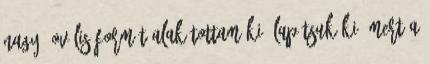
nagy, ovális formát alakítottam ki. Lapítsuk ki, mert a